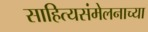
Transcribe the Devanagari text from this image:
साहित्यसंमेलनाच्या